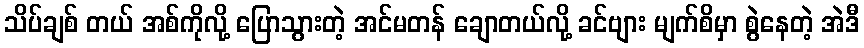
သိပ်ချစ် တယ် အစ်ကိုလို့ ပြောသွားတဲ့ အင်မတန် ချောတယ်လို့ ခင်ဗျား မျက်စိမှာ စွဲနေတဲ့ အဲဒီ